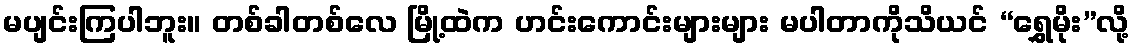
မပျင်းကြပါဘူး။ တစ်ခါတစ်လေ မြို့ထဲက ဟင်းကောင်းများများ မပါတာကိုသိယင် “ရွှေမိုး”လို့